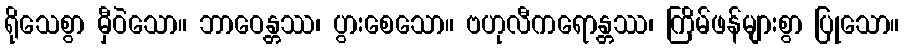
ရိုသေစွာ မှီဝဲသော။ ဘာဝေန္တဿ၊ ပွားစေသော။ ဗဟုလီကရောန္တဿ၊ ကြိမ်ဖန်များစွာ ပြုသော။